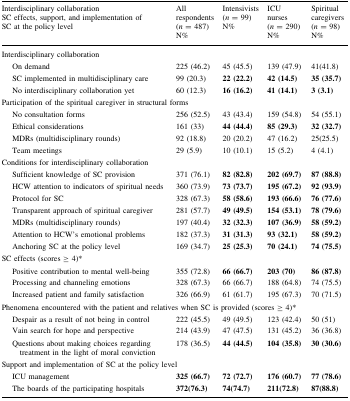
<table><thead><tr><td><b>Interdisciplinary collaborationSC effects, support, and implementation ofSC at the policy level</b></td><td><b>All respondents(<i>n</i> = 487) N%</b></td><td><b>Intensivists(<i>n</i> = 99) N%</b></td><td><b>ICU nurses(<i>n</i> = 290) N%</b></td><td><b>Spiritual caregivers(<i>n</i> = 98) N%</b></td></tr></thead><tbody><tr><td colspan="5">Interdisciplinary collaboration</td></tr><tr><td>On demand</td><td>225 (46.2)</td><td>45 (45.5)</td><td>139 (47.9)</td><td>41(41.8)</td></tr><tr><td>SC implemented in multidisciplinary care</td><td>99 (20.3)</td><td><b>22 (22.2)</b></td><td><b>42 (14.5)</b></td><td><b>35 (35.7)</b></td></tr><tr><td>No interdisciplinary collaboration yet</td><td>60 (12.3)</td><td><b>16 (16.2)</b></td><td><b>41 (14.1)</b></td><td><b>3 (3.1)</b></td></tr><tr><td colspan="5">Participation of the spiritual caregiver in structural forms</td></tr><tr><td>No consultation forms</td><td>256 (52.5)</td><td>43 (43.4)</td><td>159 (54.8)</td><td>54 (55.1)</td></tr><tr><td>Ethical considerations</td><td>161 (33)</td><td><b>44 (44.4)</b></td><td><b>85 (29.3)</b></td><td><b>32 (32.7)</b></td></tr><tr><td>MDRs (multidisciplinary rounds)</td><td>92 (18.8)</td><td>20 (20.2)</td><td>47 (16.2)</td><td>25(25.5)</td></tr><tr><td>Team meetings</td><td>29 (5.9)</td><td>10 (10.1)</td><td>15 (5.2)</td><td>4 (4.1)</td></tr><tr><td colspan="5">Conditions for interdisciplinary collaboration</td></tr><tr><td>Sufficient knowledge of SC provision</td><td>371 (76.1)</td><td><b>82 (82.8)</b></td><td><b>202 (69.7)</b></td><td><b>87 (88.8)</b></td></tr><tr><td>HCW attention to indicators of spiritual needs</td><td>360 (73.9)</td><td><b>73 (73.7)</b></td><td><b>195 (67.2)</b></td><td><b>92 (93.9)</b></td></tr><tr><td>Protocol for SC</td><td>328 (67.3)</td><td><b>58 (58.6)</b></td><td><b>193 (66.6)</b></td><td><b>76 (77.6)</b></td></tr><tr><td>Transparent approach of spiritual caregiver</td><td>281 (57.7)</td><td><b>49 (49.5)</b></td><td><b>154 (53.1)</b></td><td><b>78 (79.6)</b></td></tr><tr><td>MDRs (multidisciplinary rounds)</td><td>197 (40.4)</td><td><b>32 (32.3)</b></td><td><b>107 (36.9)</b></td><td><b>58 (59.2)</b></td></tr><tr><td>Attention to HCW’s emotional problems</td><td>182 (37.3)</td><td><b>31 (31.3)</b></td><td><b>93 (32.1)</b></td><td><b>58 (59.2)</b></td></tr><tr><td>Anchoring SC at the policy level</td><td>169 (34.7)</td><td><b>25 (25.3)</b></td><td><b>70 (24.1)</b></td><td><b>74 (75.5)</b></td></tr><tr><td colspan="5">SC effects (scores ≥ 4)*</td></tr><tr><td>Positive contribution to mental well-being</td><td>355 (72.8)</td><td><b>66 (66.7)</b></td><td><b>203 (70)</b></td><td><b>86 (87.8)</b></td></tr><tr><td>Processing and channeling emotions</td><td>328 (67.3)</td><td>66 (66.7)</td><td>188 (64.8)</td><td>74 (75.5)</td></tr><tr><td>Increased patient and family satisfaction</td><td>326 (66.9)</td><td>61 (61.7)</td><td>195 (67.3)</td><td>70 (71.5)</td></tr><tr><td colspan="5">Phenomena encountered with the patient and relatives when SC is provided (scores ≥ 4)*</td></tr><tr><td>Despair as a result of not being in control</td><td>222 (45.5)</td><td>49 (49.5)</td><td>123 (42.4)</td><td>50 (51)</td></tr><tr><td>Vain search for hope and perspective</td><td>214 (43.9)</td><td>47 (47.5)</td><td>131 (45.2)</td><td>36 (36.8)</td></tr><tr><td>Questions about making choices regarding treatment in the light of moral conviction</td><td>178 (36.5)</td><td><b>44 (44.5)</b></td><td><b>104 (35.8)</b></td><td><b>30 (30.6)</b></td></tr><tr><td colspan="5">Support and implementation of SC at the policy level</td></tr><tr><td>ICU management</td><td><b>325 (66.7)</b></td><td><b>72 (72.7)</b></td><td><b>176 (60.7)</b></td><td><b>77 (78.6)</b></td></tr><tr><td>The boards of the participating hospitals</td><td><b>372(76.3)</b></td><td><b>74(74.7)</b></td><td><b>211(72.8)</b></td><td><b>87(88.8)</b></td></tr></tbody></table>